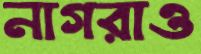
নাগরাও